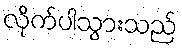
လိုက်ပါသွားသည်